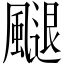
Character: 𩘩